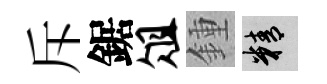
斥鋸俎鍾精